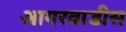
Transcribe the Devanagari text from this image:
आगरवाडीस